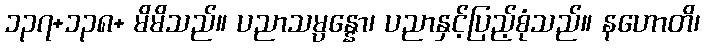
၁၃၇+၁၃၈+ မိမိသည်။ ပညာသမ္ပန္နော၊ ပညာနှင့်ပြည့်စုံသည်။ နဟောတိ၊